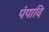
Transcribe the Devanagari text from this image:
पंपादि